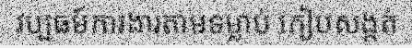
វប្បធម៍ការងារតាមទម្លាប់ កៀបសង្កត់